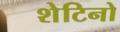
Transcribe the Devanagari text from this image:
शेटिनो